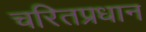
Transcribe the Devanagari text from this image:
चरितप्रधान